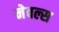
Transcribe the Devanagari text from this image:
नेवल्स